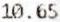
10.65